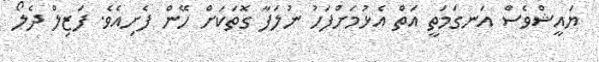
ޔައީޝްވެސް އަނގަމަތީ އަތް އެޅުމަށްފަހު ނުލަފާ ގޮތަކަށް ހޭން ފެށިއެވެ. ފަޒިލް ދެލޯ